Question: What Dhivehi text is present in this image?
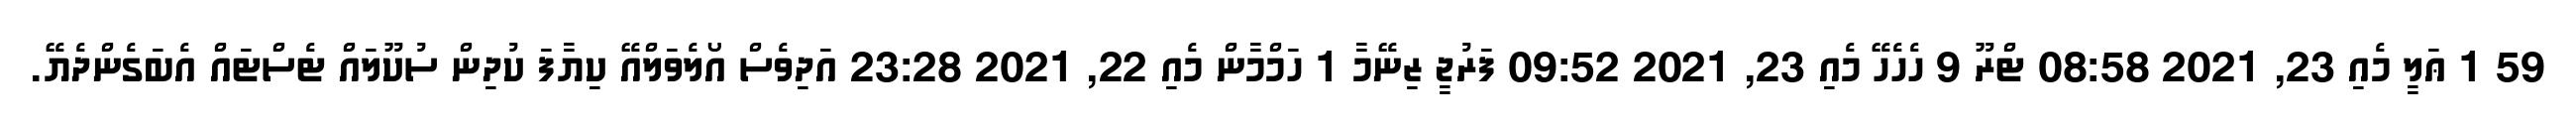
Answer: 59 1 ޢަލީ މެއި 23, 2021 08:58 ޓްރޫ 9 ހެހެހޭ މެއި 23, 2021 09:52 ފަރުޖީ ޒިނޭމާ 1 ހަމްމާން މެއި 22, 2021 23:28 އަދިވެސް އޯލެވަލްއޭ ކިޔާފަ ކުދިން ސުކޫލައް ޓެސްޓައް އެބަގެންދެޔޭ.